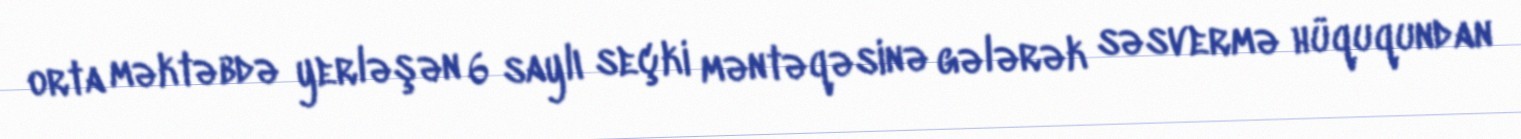
orta məktəbdə yerləşən 6 saylı seçki məntəqəsinə gələrək səsvermə hüququndan